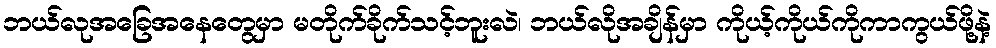
ဘယ်လုအခြေအနေတွေမှာ မတိုက်ခိုက်သင့်ဘူးလဲ၊ ဘယ်လိုအချိန်မှာ ကိုယ့်ကိုယ်ကိုကာကွယ်ဖို့နဲ့